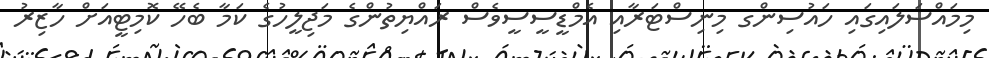
މިމައްސަލައިގައި ހައުސިންގ މިނިސްޓަރާއި އެމްޑީސީސީވެސް ރައްޔިތުންގެ މަޖިލީހުގެ ކަމާ ބެހޭ ކޮމިޓީއަށް ހާޒިރު